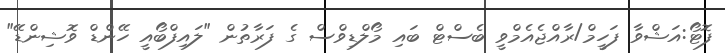
ފޮޓޯ:އަޝްވާ ފަހީމް/ރާއްޖެއެމްވީ ބެސްޓް ބައި މޯލްޑިވްސް ގެ ފަރާތުން "ލައިފްބޯއީ ހޭންޑް ވޮޝިންޑޭ"